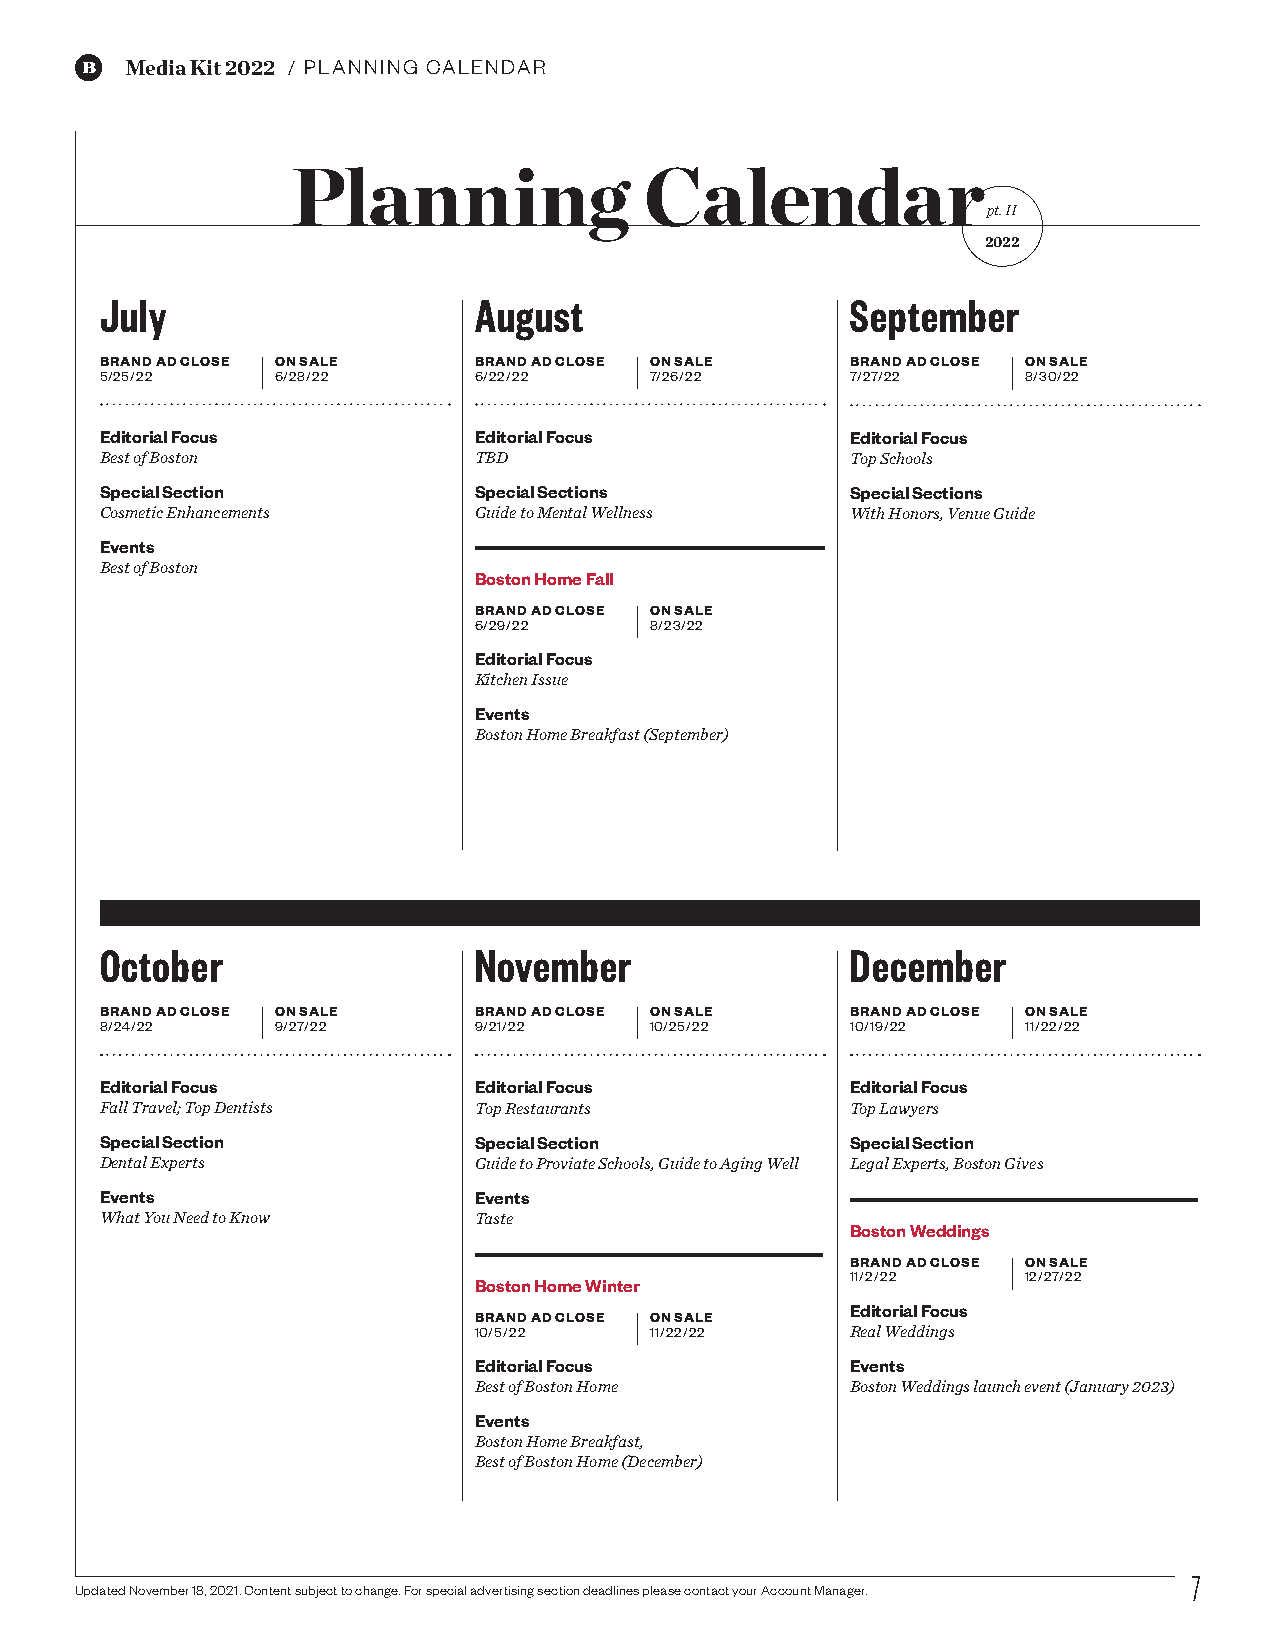
Media Kit 2022 / PLANNING CALENDAR
 Planning                Calendar
 pt. II
 2022
 July                    August                   September
 BRAND AD CLOSE ON SALE  BRAND AD CLOSE ON SALE   BRAND AD CLOSE ON SALE
 5/25/22    6/28/22      6/22/22     7/26/22      7/27/22     8/30/22
 Editorial Focus         Editorial Focus          Editorial Focus
 Best of Boston          TBD                      Top Schools
 Special Section         Special Sections         Special Sections
 Cosmetic Enhancements   Guide to Mental Wellness With Honors, Venue Guide
 Events
 Best of Boston
 Boston Home Fall
 BRAND AD CLOSE ON SALE
 6/29/22     8/23/22
 Editorial Focus
 Kitchen Issue
 Events
 Boston Home Breakfast (September)
 October                 November                 December
 BRAND AD CLOSE ON SALE  BRAND AD CLOSE ON SALE   BRAND AD CLOSE ON SALE
 8/24/22    9/27/22      9/21/22     10/25/22     10/19/22    11/22/22
 Editorial Focus         Editorial Focus          Editorial Focus
 Fall Travel; Top Dentists Top Restaurants        Top Lawyers
 Special Section         Special Section          Special Section
 Dental Experts          Guide to Proviate Schools, Guide to Aging Well Legal Experts, Boston Gives
 Events                  Events
 What You Need to Know   Taste
 Boston Weddings
 BRAND AD CLOSE ON SALE
 11/2/22     12/27/22
 Boston Home Winter
 Editorial Focus
 BRAND AD CLOSE ON SALE
 10/5/22     11/22/22     Real Weddings
 Editorial Focus          Events
 Best of Boston Home      Boston Weddings launch event (January 2023)
 Events
 Boston Home Breakfast,
 Best of Boston Home (December)
 7
 Updated November 18, 2021. Content subject to change. For special advertising section deadlines please contact your Account Manager.